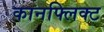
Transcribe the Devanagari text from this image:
कानफ्लिक्ट